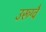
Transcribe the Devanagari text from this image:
उरूग्वै